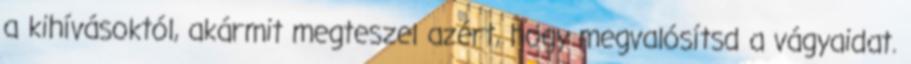
a kihívásoktól, akármit megteszel azért, hogy megvalósítsd a vágyaidat.